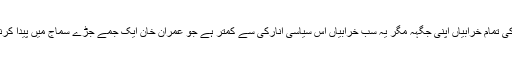
نواز شریف کی تمام خرابیاں اپنی جگہہ مگر یہ سب خرابیاں اُس سیاسی انارکی سے کمتر ہے جو عمران خان ایک جمے جڑے سماج میں پیدا کرنا چاہتے ہیں۔